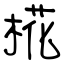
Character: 椛